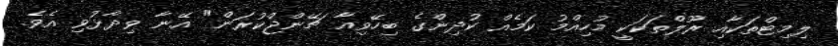
ލިމިޓްތަކާއި ރޫލްތަކަކީ މުހިއްމު ކަމެއް ކުދިންގެ ބިހޭވިއާ ޗޭންޖްކުރަން" އޭނާ ވިދާޅުވި އެވެ.